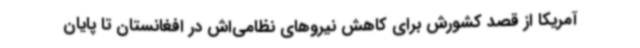
آمریکا از قصد کشورش برای کاهش نیروهای نظامی‌اش در افغانستان تا پایان